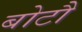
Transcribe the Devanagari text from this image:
बोटौ